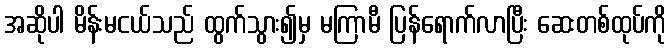
အဆိုပါ မိန်းမငယ်သည် ထွက်သွား၍မှ မကြာမီ ပြန်ရောက်လာပြီး ဆေးတစ်ထုပ်ကို